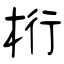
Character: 桁